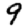
Digit: 9